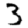
Digit: 3